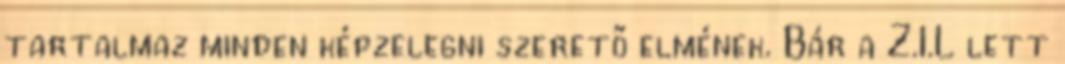
tartalmaz minden képzelegni szerető elmének. Bár a Z.I.L lett